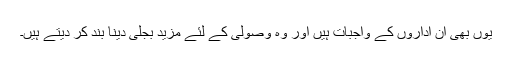
یوں بھی ان اداروں کے واجبات ہیں اور وہ وصولی کے لئے مزید بجلی دینا بند کر دیتے ہیں۔